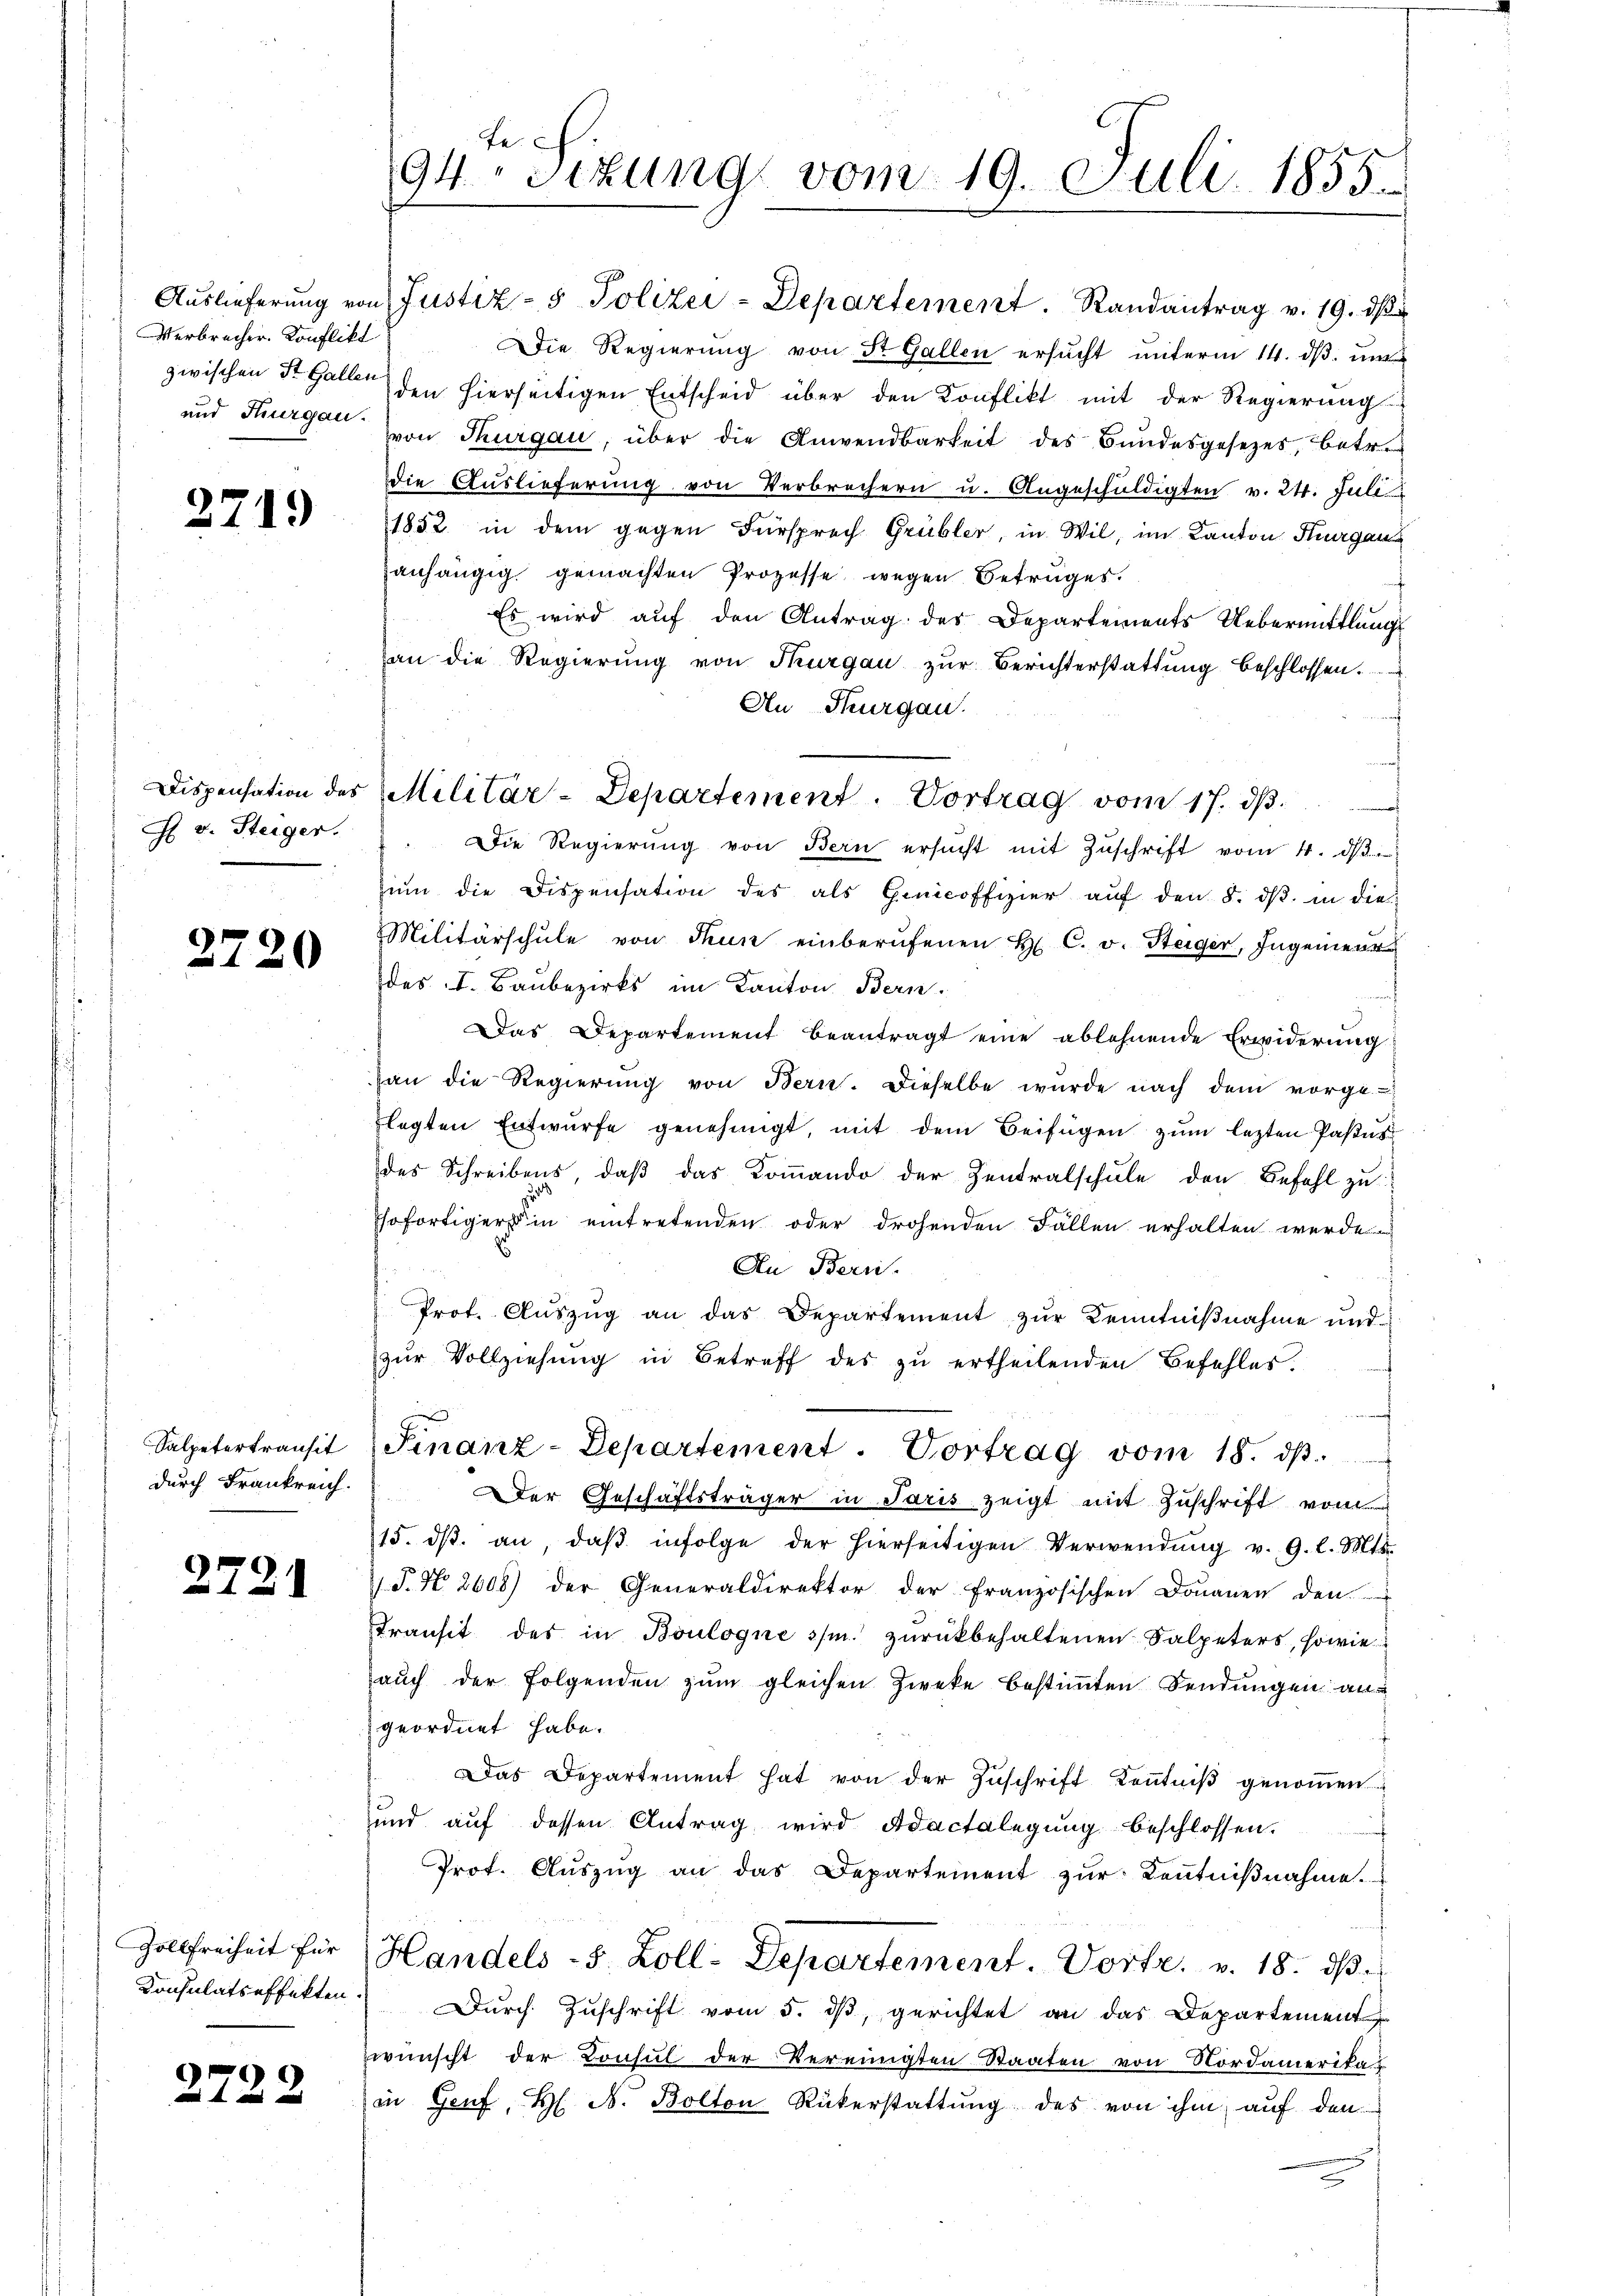
Verbrecher Konflikt
und Thurgau.

27.

27

H v. Steiger.

2720

Salpetertransit
durch Frankreich.

2722

4.)

Zollfreiheit für
Konsulatseffekten

te.
94sezung vom 19. Juli 1855.

Auslieferung von Justiz- & Polizei-Departement. Randantrag v. 19. dβ
zwischen St. Gallen den hierseitigen Entscheid über den Konflikt mit der Regierung
von Thurgau, über die Anwendbarkeit des Bundesgesetzes, betr
die Auslieferung von Verbrechern u. Angeschuldigten v. 24. Juli
1852 in dem gegen Fürsprech Grübler, in Wil, im Kanton Thurgau
anhängig gemachten Prozesse wegen Betruges.
Es wird auf den Antrag des Departements Uebermittlungs
an die Regierŭng von Thurgau zŭr Berichterstattŭng beschlossen.
An Thurgau.
"Die Regierŭng von Bern ersŭcht mit Zŭschrift vom 4. dβ
ŭm die Dispensation des als Genicoffizier auf den 8. dβ in die
Militärschŭle von Thun einberŭfenen H. C. v. Steiger, Ingenieur
des I. Baŭbezirks im Kanton Bern.
Das Departement beantragt eine ablehnende Erwiderung
an die Regierŭng von Bern. Dieselbe wurde nach dem vorge-
flegten Entwurfe genehmigt, mit dem Beifügen zum lezten Pastas
des Schreibens, daβ das Koṁando der Zentralschŭle den Befehl zŭ
Esofortiger in eintretenden oder drohenden Fällen erhalten werde
E
An Berni-
Prot. Aŭszŭg an das Departement zŭr Kenntniβnahme und
zŭr Vollziehung in Betreff des zu ertheilenden Befehles.
d
Finanz-Departement. Vortrag vom 18. ds.
Der Geschäftsträger in Paris zeigt mit Zuschrift vom
15. dβ an, daβ infolge der hierseitigen Verwendŭng v. 9. l. Mts.
P. Nr. 2608) der Generaldirektor der Französischen Donauen den
Transit des in Boulogne 3/m. zŭrückbehaltenen Salpeters, sowie
aŭch der Folgenden zŭm gleichen Zweke bestimmten Sendungen an
geordnet habe.
Das Departement hat von der Zŭschrift Keṅtniβ genoṁen.
und auf dessen Antrag wird Adactalegung beschlossen.
Prot. Aŭszŭg an das Departement zŭr Kenntniβnahme.
Handels - 5. Zoll-Departement. Vortr. v. 18. ds
Dŭrch Zŭschrift vom 5. dβ, gerichtet an das Departement
wünscht der Consul der Vereinigten Staaten von Nordamerika-
in Genf, H. N. Bolton Rükerstattung des von ihm auf den

Dispensation des Militär-Departement. Vortrag vom 17. dβ.

Die Regierung von St. Gallen ersucht unterm 14. ds. unt